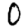
Digit: 0